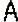
A